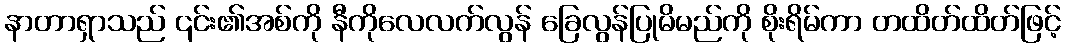
နာတာရှာသည် ၎င်း၏အစ်ကို နီကိုလေလက်လွန် ခြေလွန်ပြုမိမည်ကို စိုးရိမ်ကာ တထိတ်ထိတ်ဖြင့်